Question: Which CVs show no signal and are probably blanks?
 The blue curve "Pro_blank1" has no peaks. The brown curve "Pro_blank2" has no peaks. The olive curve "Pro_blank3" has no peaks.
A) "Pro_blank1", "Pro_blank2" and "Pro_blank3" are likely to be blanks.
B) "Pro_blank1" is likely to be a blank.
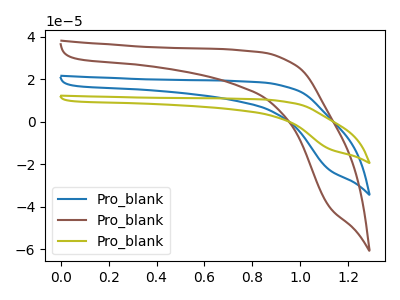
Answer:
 <answer>A) "Pro_blank1", "Pro_blank2" and "Pro_blank3" are likely to be blanks.</answer>
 <eval>A</eval>